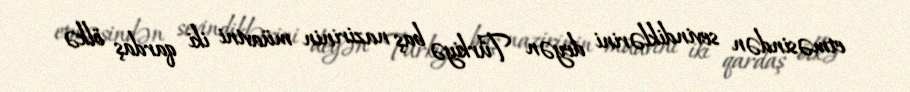
etməsindən sevindiklərini deyən Türkiyə baş nazirinin müavini iki qardaş ölkə